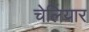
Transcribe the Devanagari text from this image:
चेलियार